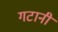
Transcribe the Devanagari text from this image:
गटानी